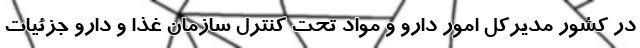
در کشور مدیرکل امور دارو و مواد تحت کنترل سازمان غذا و دارو جزئیات